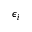
\epsilon _ { i }